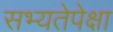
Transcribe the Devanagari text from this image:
सभ्यतेपेक्षा